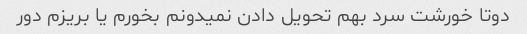
دوتا خورشت سرد بهم تحویل دادن نمیدونم بخورم یا بریزم دور